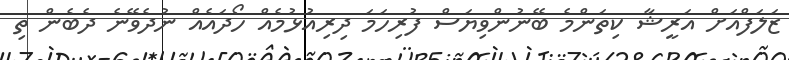
ޒަލަފްއަށް އަރީޝާ ކިތަންމެ ބޭނުންވިޔަސް ފުރިހަމަ ދިރިއުޅުމެއް ހޯދައެއް ނުދެވޭނެ ދެބެން ތި